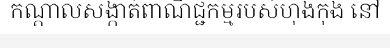
កណ្តាលសង្កាត់ពាណិជ្ជកម្មរបស់ហុងកុង នៅ